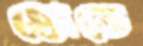
হোভে